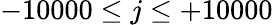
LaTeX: -10000\le j\le+10000